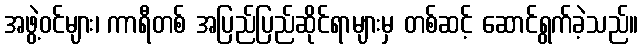
အဖွဲ့ဝင်များ၊ ကာရီတစ် အပြည်ပြည်ဆိုင်ရာများမှ တစ်ဆင့် ဆောင်ရွက်ခဲ့သည်။